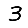
Digit: 3